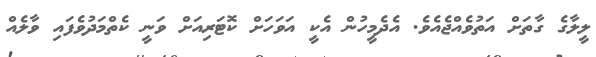
ލީލާގެ ގާތަށް އަތުވެއްޖެއެވެ. އެދެމީހުން އެކީ އަވަހަށް ކޮޓަރިއަށް ވަނީ ކެތްމަދުވެފައި ވާލެއް